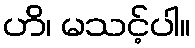
ဟိ၊ မသင့်ပါ။